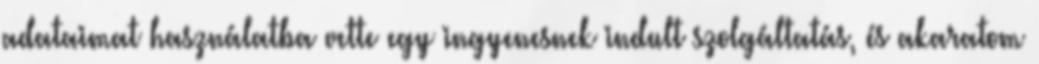
adataimat használatba vette egy ingyenesnek indult szolgáltatás, és akaratom